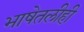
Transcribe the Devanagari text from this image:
भाषेतलीही